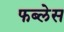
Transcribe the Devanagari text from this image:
फब्लेस